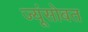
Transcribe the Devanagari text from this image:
ज्यूंसोबत